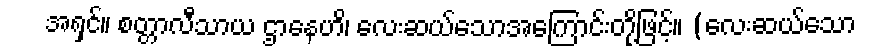
အရှင်။ စတ္တာလီသာယ ဌာနေဟိ၊ လေးဆယ်သောအကြောင်းတို့ဖြင့်။ (လေးဆယ်သော